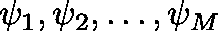
\mathbf { \psi } _ { 1 } , \mathbf { \psi } _ { 2 } , \dots , \mathbf { \psi } _ { M }